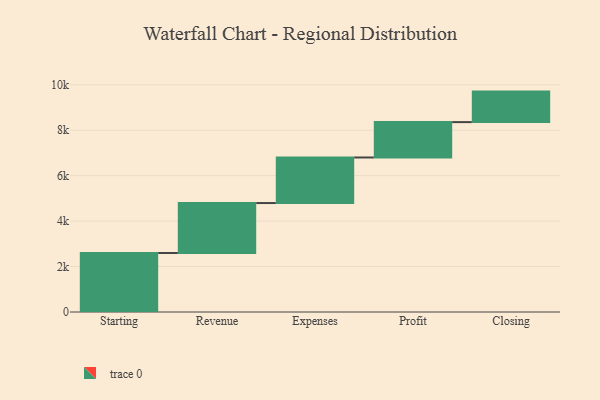
{"axis": {"x": "Step", "y": "Value"}, "legend": [""], "data": [{"x": "Starting", "y": 2596.0, "type": ""}, {"x": "Revenue", "y": 2199.0, "type": ""}, {"x": "Expenses", "y": 2005.0, "type": ""}, {"x": "Profit", "y": 1556.0, "type": ""}, {"x": "Closing", "y": 1343.0, "type": ""}]}